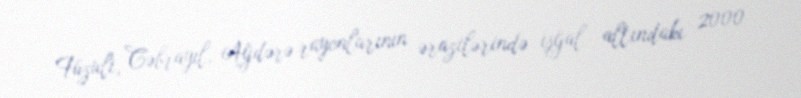
Füzuli, Cəbrayıl, Ağdərə rayonlarının ərazilərində işğal altındakı 2000